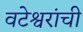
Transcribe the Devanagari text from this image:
वटेश्वरांची